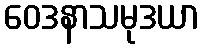
ဝေဒနာသမုဒယာ